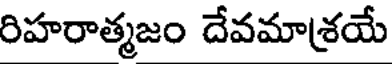
రిహరాత్మజం దేవమాశయే